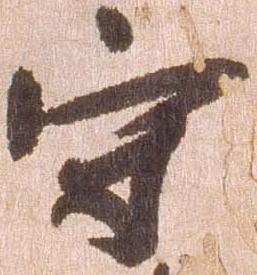
守